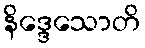
နိဒ္ဒေသောတိ